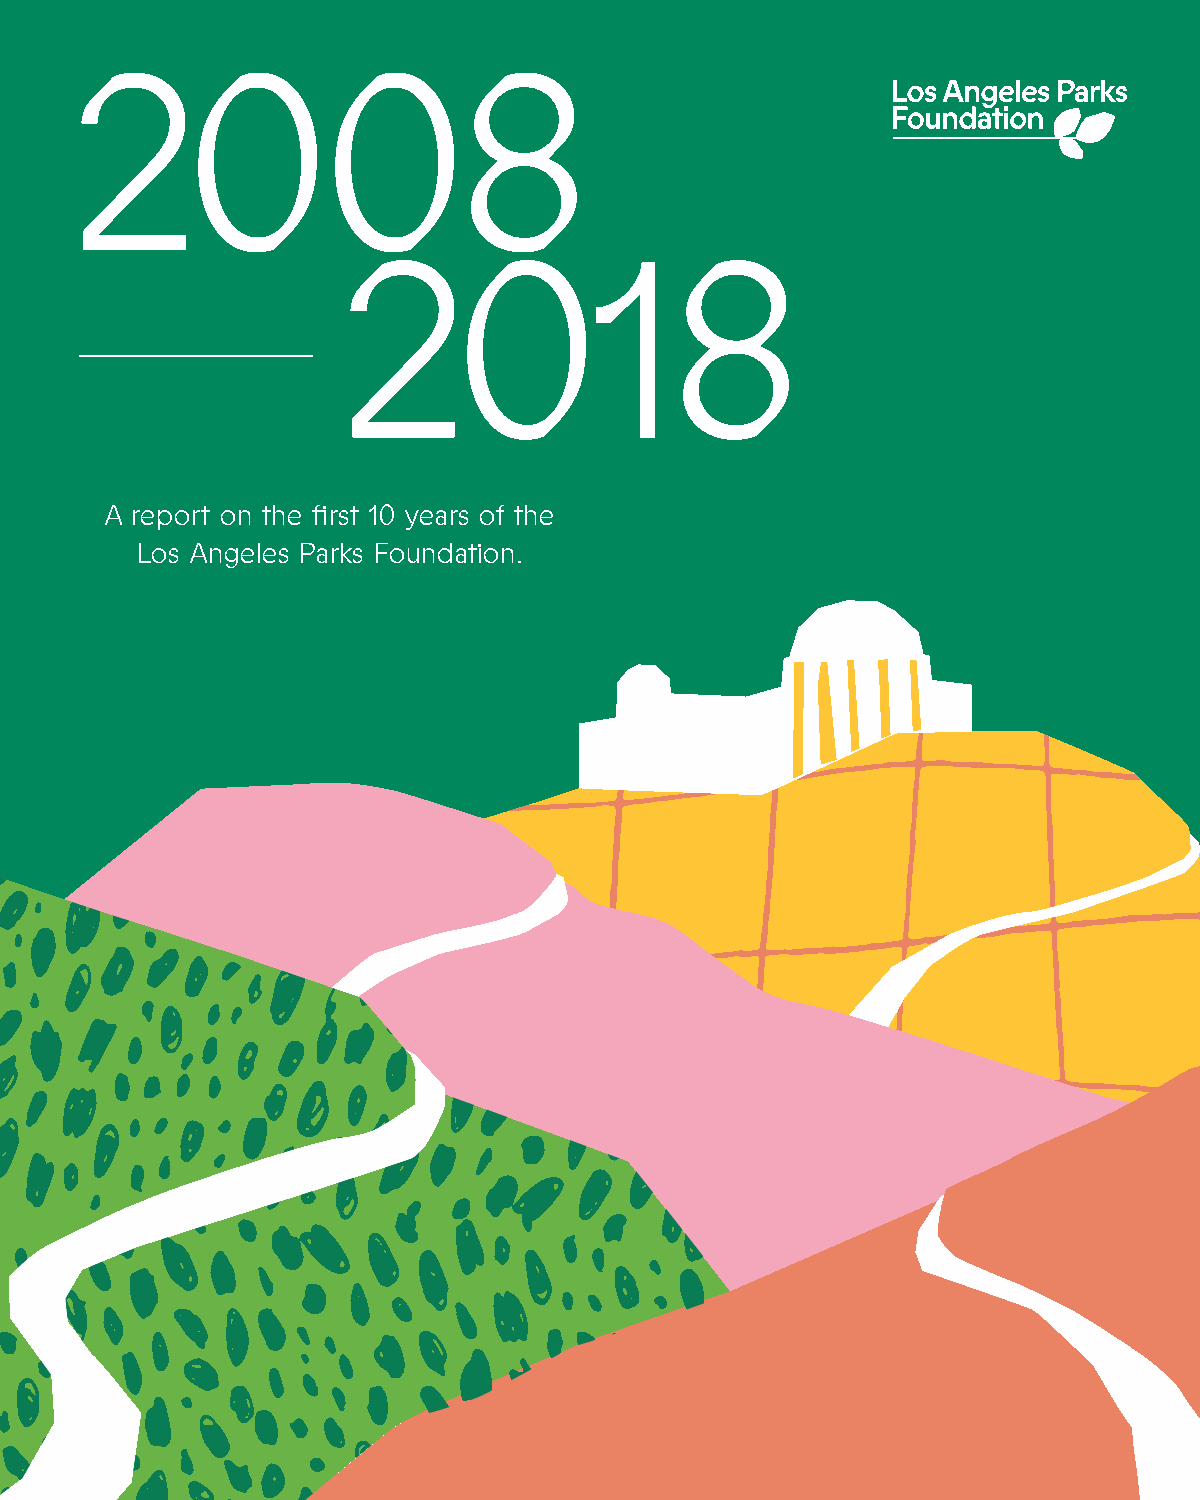
2008
 CONTACT   INFO
 Los Angeles Parks Foundation
 Griffith Park Nursery House
 2650 N. Commonwealth  Avenue
 Los Angeles, CA 90027
 2018
 (310) 472-1990
 info@laparksfoundation.org
 Laparksfoundation.org
 PRODUCED    BY
 Judith Kieffer
 A report on the first 10 years of the Founder and Special Projects, LAPF
 Los Angeles Parks Foundation.   Carolyn Ramsay
 Executive Director, LAPF
 JJ Kaye
 Creative Director, HPZ
 DESIGN
 HPZ
 555 W 5th Street, Floor 35
 highpressure.zone